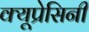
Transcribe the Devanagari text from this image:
क्यूप्रेसिनी